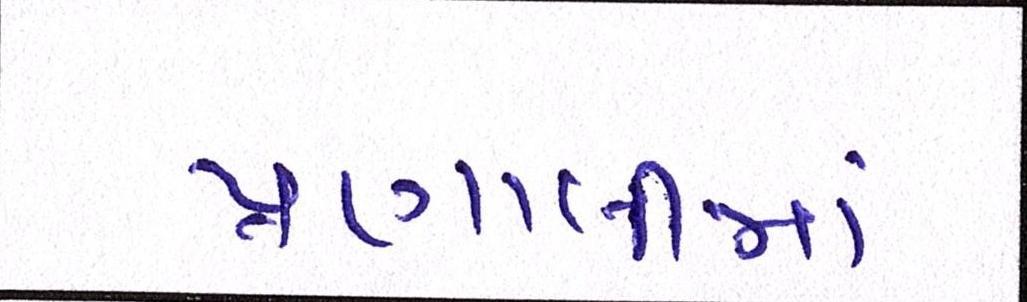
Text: પ્રણાલીમાં